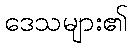
ဒေသများ၏